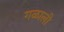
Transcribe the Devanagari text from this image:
गळाली